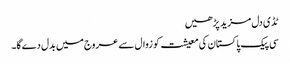
ٹڈی دل مزید پڑھیں
سی پیک پاکستان کی معیشت کو زوال سے عروج میں بدل دےگا۔